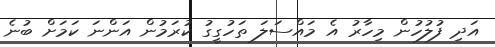
އަދި ފުލުހުން މިހާރު އެ މައްސަލަ ތަހުގީގު ކުރަމުން އަންނަ ކަމަށް ބުނެ